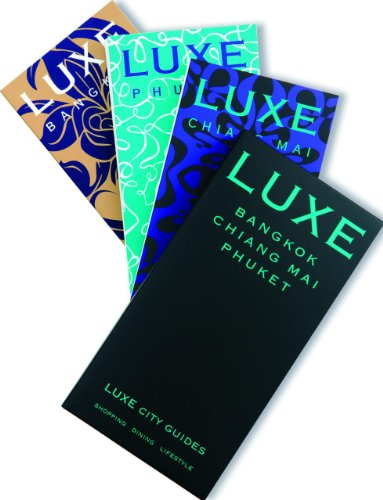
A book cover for LUXE Thailand Travel Set: Including Bangkok, Phuket & Chiang Mai (LUXE City Guides); LUXE City Guides; Travel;